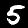
Label: 5